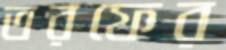
তরফের